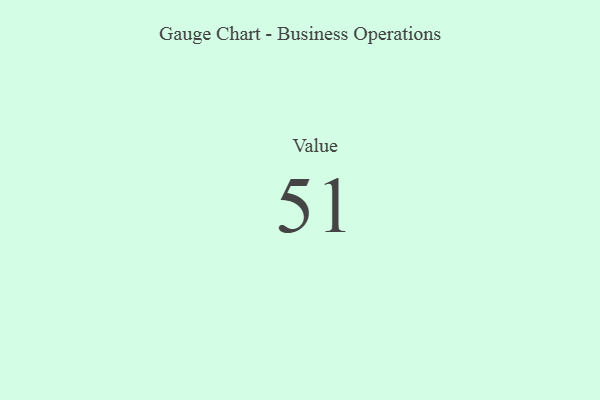
{"axis": {"x": "Metric", "y": "Value"}, "legend": [""], "data": [{"x": "Value", "y": 51, "type": ""}]}